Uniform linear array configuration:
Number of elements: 32
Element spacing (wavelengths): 0.25
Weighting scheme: blackman
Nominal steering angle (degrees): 0
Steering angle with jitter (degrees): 1.451
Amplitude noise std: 0.05
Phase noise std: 0.05

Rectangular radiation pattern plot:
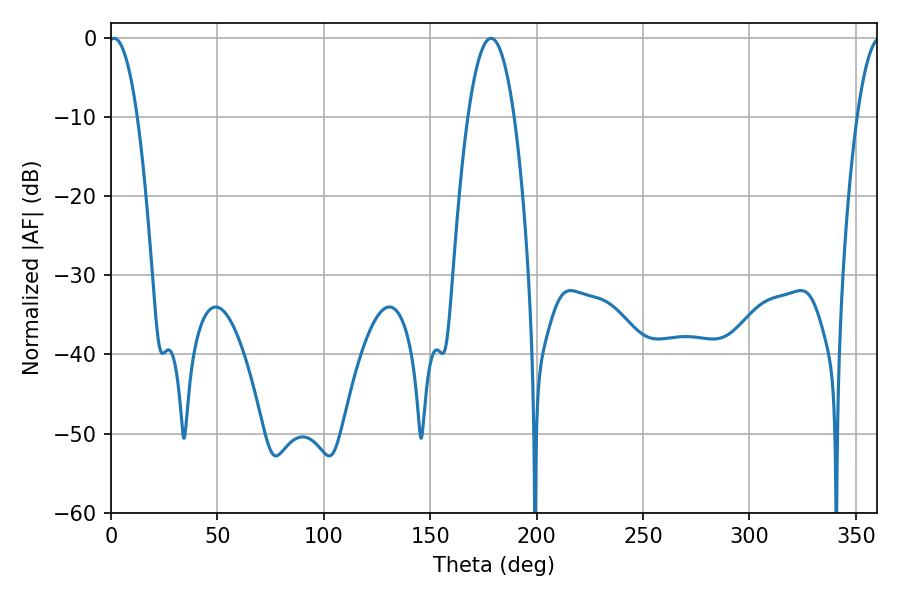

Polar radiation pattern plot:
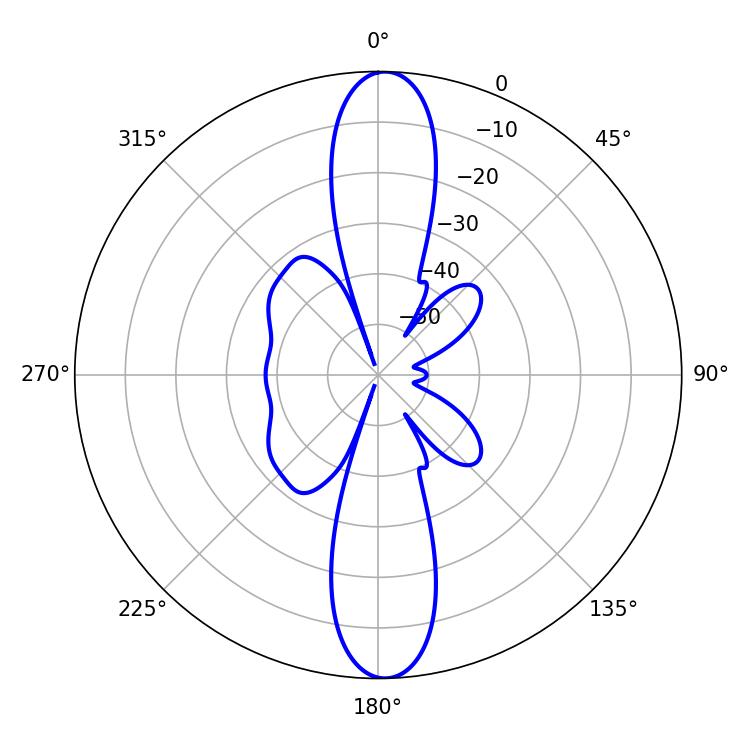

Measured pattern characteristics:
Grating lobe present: FALSE
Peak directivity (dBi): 22.633
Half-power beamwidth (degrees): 7.38
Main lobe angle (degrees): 1.44